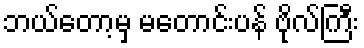
ဘယ်တော့မှ မတောင်းပန် ဗိုလ်ကြီး